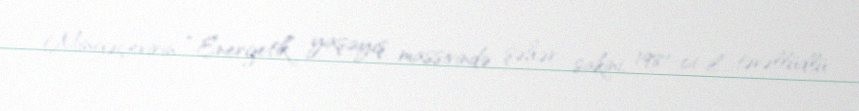
Mingəçevirin “Energetik” yaşayış massivində şəhər sakini, 1981-ci il təvəllüdlü